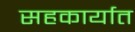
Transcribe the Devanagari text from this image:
सहकार्यात